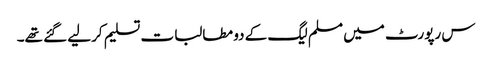
س رپورٹ میں مسلم لیگ کے دو مطالبات تسلیم کرلیے گئے تھے۔